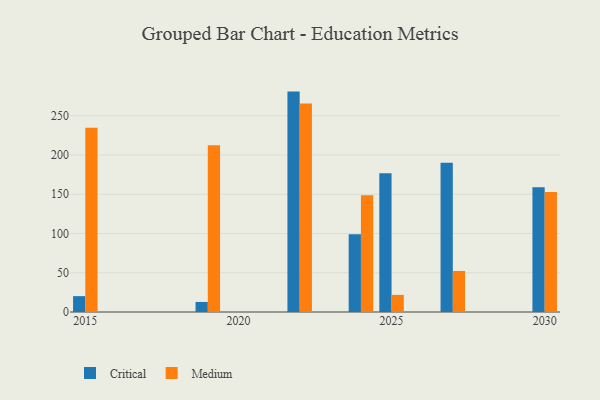
{"axis": {"x": "Year", "y": "Churn Rate (%)"}, "legend": ["Critical", "Medium"], "data": [{"x": "2024", "y": 99.0, "type": "Critical"}, {"x": "2024", "y": 148.8, "type": "Medium"}, {"x": "2030", "y": 158.8, "type": "Critical"}, {"x": "2030", "y": 152.8, "type": "Medium"}, {"x": "2027", "y": 190.1, "type": "Critical"}, {"x": "2027", "y": 52.3, "type": "Medium"}, {"x": "2025", "y": 176.7, "type": "Critical"}, {"x": "2025", "y": 21.8, "type": "Medium"}, {"x": "2022", "y": 280.8, "type": "Critical"}, {"x": "2022", "y": 265.5, "type": "Medium"}, {"x": "2015", "y": 20.2, "type": "Critical"}, {"x": "2015", "y": 234.8, "type": "Medium"}, {"x": "2019", "y": 12.8, "type": "Critical"}, {"x": "2019", "y": 212.3, "type": "Medium"}]}